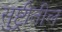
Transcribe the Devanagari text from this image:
सुष्ट्रीतील